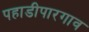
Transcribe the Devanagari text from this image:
पहाडीपारगाव